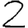
Digit: 2